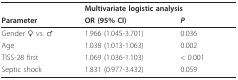
|  | <COLSPAN=2> Multivariate logistic analysis |
 | Parameter | OR (95% CI) | P |
 | --- | --- | --- |
 | Gender ♀ vs. ♂ | 1.966 (1.045-3.701) | 0.036 |
 | Age | 1.038 (1.013-1.063) | 0.002 |
 | TISS-28 first | 1.069 (1.036-1.103) | < 0.001 |
 | Septic shock | 1.831 (0.977-3.432) | 0.059 |